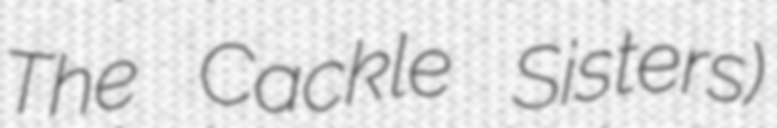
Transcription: The Cackle Sisters)